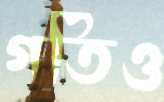
গতিও